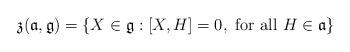
LaTeX: \begin{align*}\mathfrak{z}(\mathfrak{a},\mathfrak{g}) = \{X \in \mathfrak{g}: [X,H] = 0, \mbox{ for all } H \in \mathfrak{a}\}\end{align*}